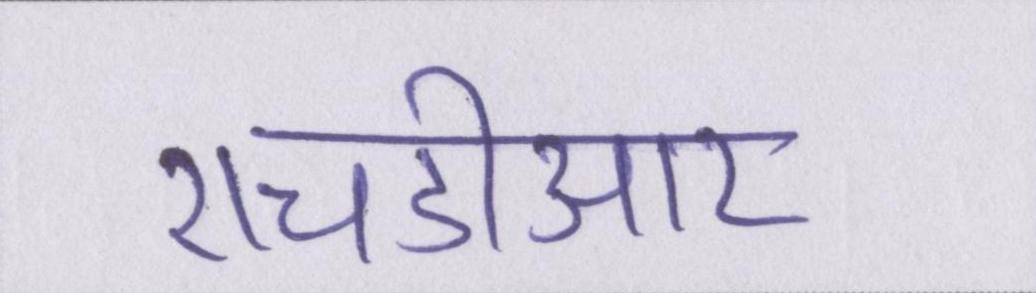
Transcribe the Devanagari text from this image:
एचडीआर